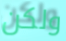
ولكن